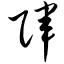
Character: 阵